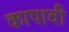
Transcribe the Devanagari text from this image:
कापावी